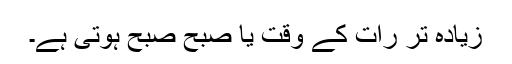
زیادہ تر رات کے وقت یا صبح صبح ہوتی ہے۔